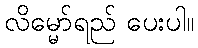
လိမ္မော်ရည် ပေးပါ။